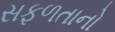
સફળતાનો